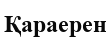
Қараерен